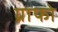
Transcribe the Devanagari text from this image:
ग्राफो